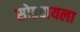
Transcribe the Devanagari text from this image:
सोडवायला